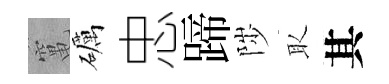
𥧄礪忠蹄陟取其